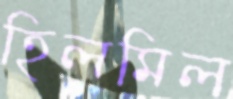
হিলমিল